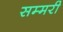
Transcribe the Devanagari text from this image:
सम्मरी